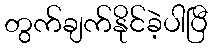
တွက်ချက်နိုင်ခဲ့ပါပြီ